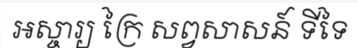
អស្ចារ្យ ក្រៃ សព្វសាសន៍ ទីទៃ